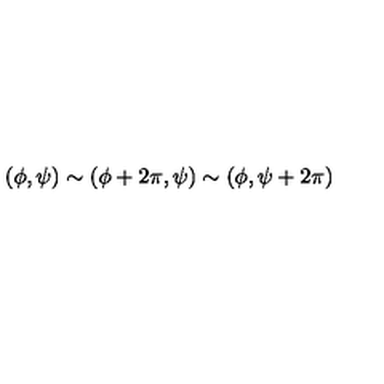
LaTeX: ( \phi , \psi ) \sim ( \phi + 2 \pi , \psi ) \sim ( \phi , \psi + 2 \pi ) \,